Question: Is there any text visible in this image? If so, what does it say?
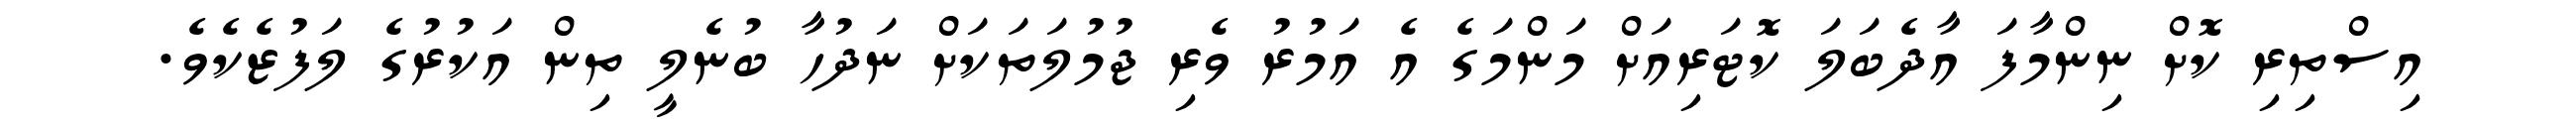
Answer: އިސްތިރި ކޮށް ނިންމާފަ އާދެބަލަ ކޮޓަރިއަށް މަންމަގެ އެ އަމުރު ވެރި ޖުމުލަތަކަށް ނަދުހާ ބުނެލީ ތިން އަކުރުގެ ލަފުޒެކެވެ.